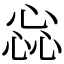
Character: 惢